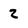
Character: 2